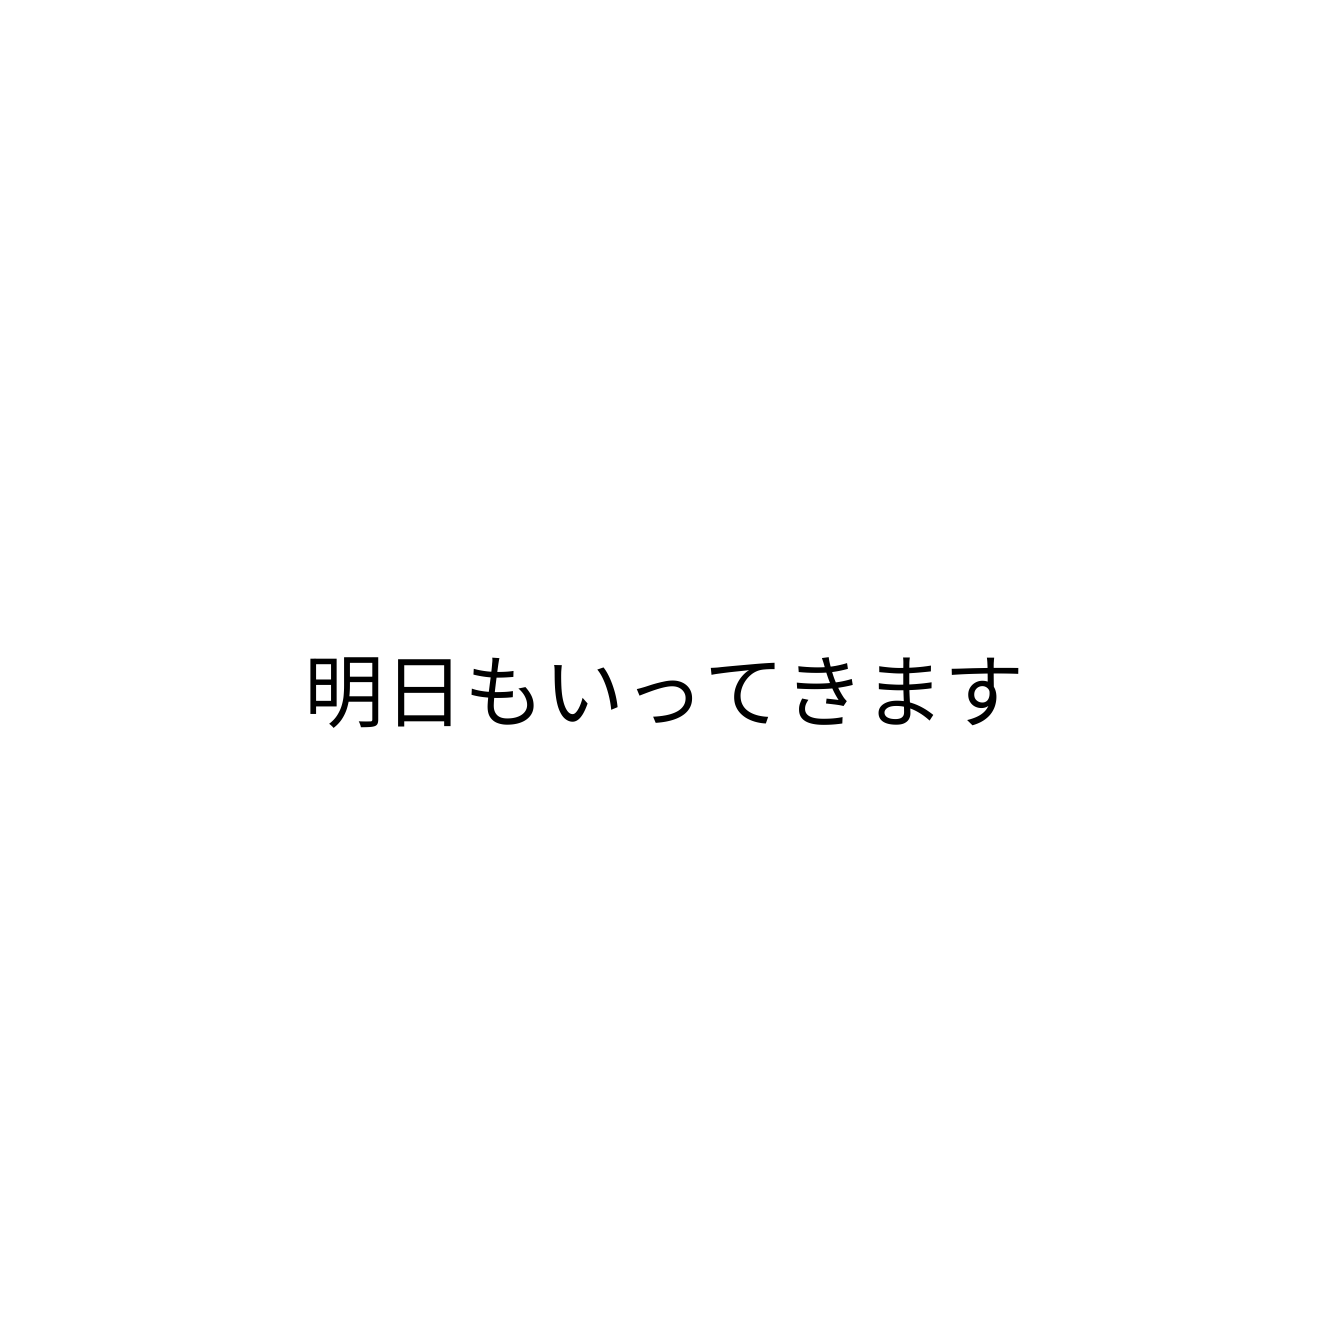
明日もいってきます